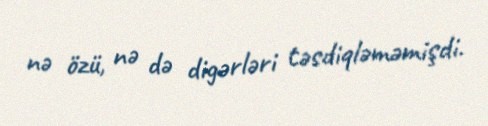
nə özü, nə də digərləri təsdiqləməmişdi.